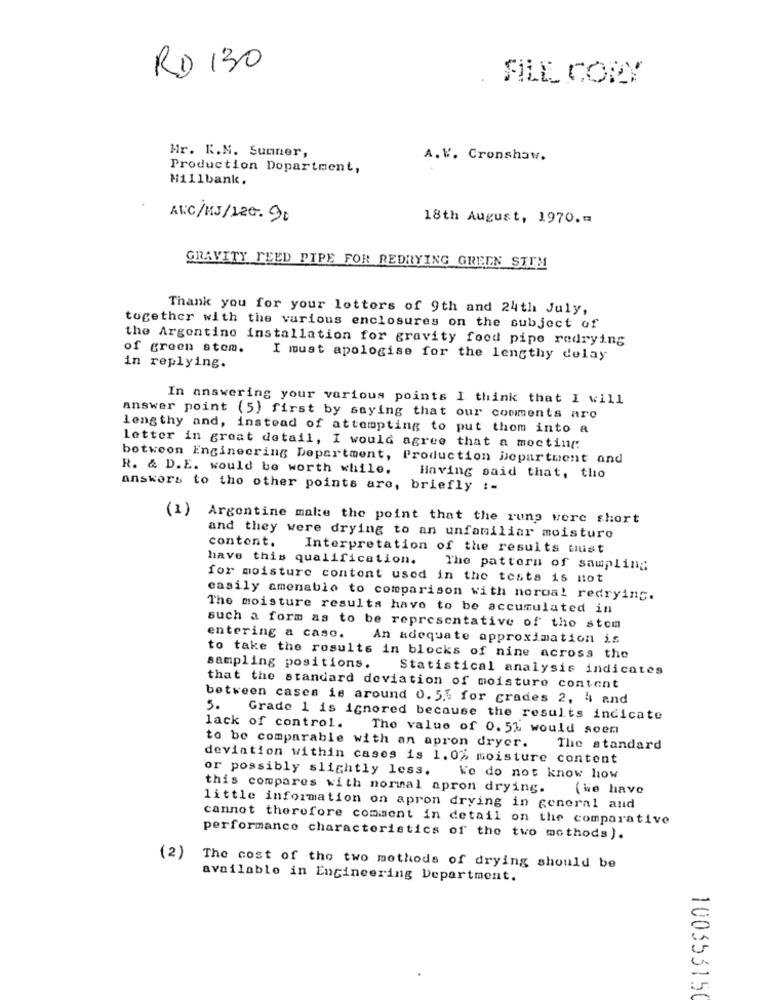
RD 130
FILE COPY
Mr. K.N. Sumner,
A. V. Cronshaw.
Production Dopartment,
Millbank.
AVC/MJ/120. 90
18th August, 1970 .=
GRAVITY FEED PIPE FOR REDRYING GREEN STIM
Thank you for your lottors of 9th and 24th July,
together with the various enclosures on the subject of
the Argentine installation for gravity food pipe redrying
of green stem.
I must apologise for the lengthy delay
in replying.
In answering your various points I think that I will
answer point (5) first by saying that our comments aro
lengthy and, instead of attempting to put them into a
letter in great detail, I would agree that a mocting
botweon Engineering Department, Production Department and
R. & D.E. would be worth while.
Having said that, tho
answers to the other points are, briefly :-
(1)
Argentine make the point that the rung were short
and they were drying to an unfamiliar moisture
content.
Interpretation of the results must
have this qualification. The pattern of sampling
for moisture content used in the tests is not
easily amenable to comparison with normal redrying.
The moisture results have to be accumulated in
such a form as to be representative of the stom
entering a caso. An adequate approximation is
to take the results in blocks of nine across the
sampling positions.
Statistical analysis indicates
that the standard deviation of moisture content
between cases is around 0.5. for grades 2, 4 and
5.
Grade 1 is ignored because the results indicate
lack of control.
The value of 0.52 would soem
to be comparable with an apron dryer.
The standard
devintion within cases is 1.0% moisture content
or possibly slightly less.
We do not know how
this compares with normal apron drying.
(We have
little information on apron drying in general and
cannot therefore comment in detail on the comparative
performance characteristics of the two methods).
(2)
The cost of the two methods of drying should be
available in Engineering Department.
100353150